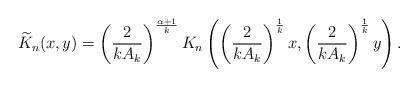
LaTeX: \begin{align*}\widetilde{K}_n(x,y) = \left( \frac{2}{k A_k} \right)^{\frac{\alpha+1}{k}} K_n\left( \left( \frac{2}{k A_k} \right)^{\frac{1}{k}} x, \left( \frac{2}{k A_k} \right)^{\frac{1}{k}} y \right).\end{align*}